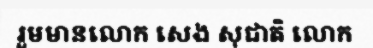
រួមមានលោក សេង សុជាតិ លោក